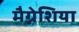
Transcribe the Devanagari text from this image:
मैग्नेशिया